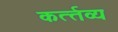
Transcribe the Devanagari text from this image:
कर्त्‍तव्‍य